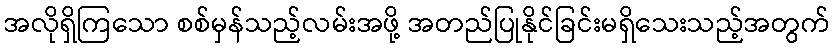
အလိုရှိကြသော စစ်မှန်သည့်လမ်းအဖို့ အတည်ပြုနိုင်ခြင်းမရှိသေးသည့်အတွက်